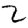
Digit: 2